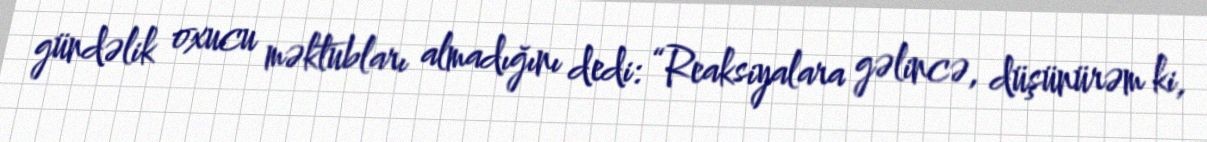
gündəlik oxucu məktubları almadığını dedi: “Reaksiyalara gəlincə, düşünürəm ki,